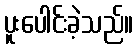
ပူးပေါင်းခဲ့သည်။